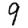
Digit: 9